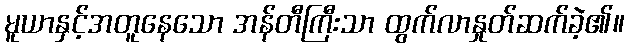
မူယာနှင့်အတူနေသော အန်တီကြီးသာ ထွက်လာနှုတ်ဆက်ခဲ့၏။